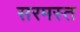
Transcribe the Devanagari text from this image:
सरमस्त